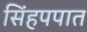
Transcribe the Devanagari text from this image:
सिंहपपात